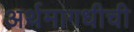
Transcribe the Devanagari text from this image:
अर्थमागधीची